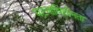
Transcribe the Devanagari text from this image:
घटनाविहीनता